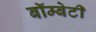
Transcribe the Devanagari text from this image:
बॉम्बेटी